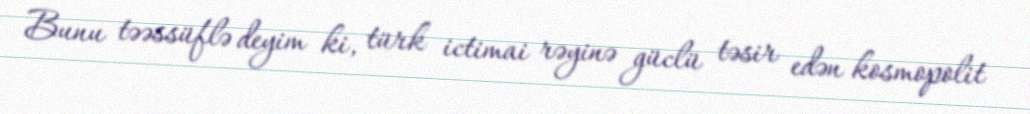
Bunu təəssüflə deyim ki, türk ictimai rəyinə güclü təsir edən kosmopolit